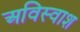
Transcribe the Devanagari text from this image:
अविस्वाश